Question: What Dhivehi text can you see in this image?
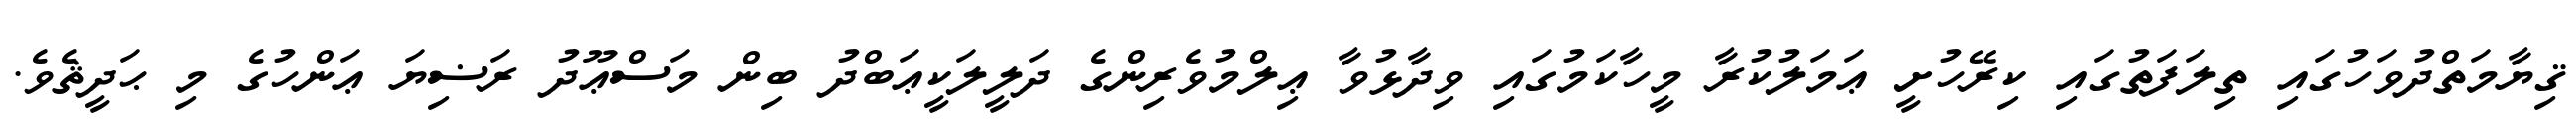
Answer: ޤިޔާމަތްދުވަހުގައި ތިލަފަތުގައި ކިރޭހުށީ ޢަމަލުކުރާ މީހާކަމުގައި ވިދާޅުވާ ޢިލްމުވެރިންގެ ދަލީލަކީޢަބްދު ބިން މަސްޢޫދު ރަޟިޔަ ޢަންހުގެ މި ޙަދީޘެވެ.